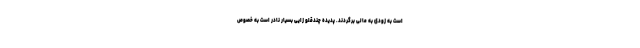
است به زودی به مالی برگردند. پدیده چندقلو زایی بسیار نادر است به خصوص